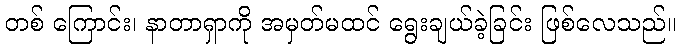
တစ် ကြောင်း၊ နာတာရှာကို အမှတ်မထင် ရွေးချယ်ခဲ့ခြင်း ဖြစ်လေသည်။